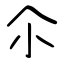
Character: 尒